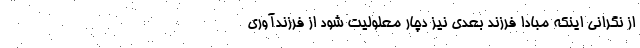
از نگرانی اینکه مبادا فرزند بعدی نیز دچار معلولیت شود از فرزندآوری